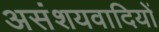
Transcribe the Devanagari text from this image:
असंशयवादियों